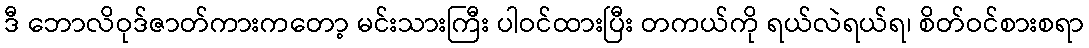
ဒီ ဘောလိဝုဒ်ဇာတ်ကားကတော့ မင်းသားကြီး ပါဝင်ထားပြီး တကယ်ကို ရယ်လဲရယ်ရ၊ စိတ်ဝင်စားစရာ